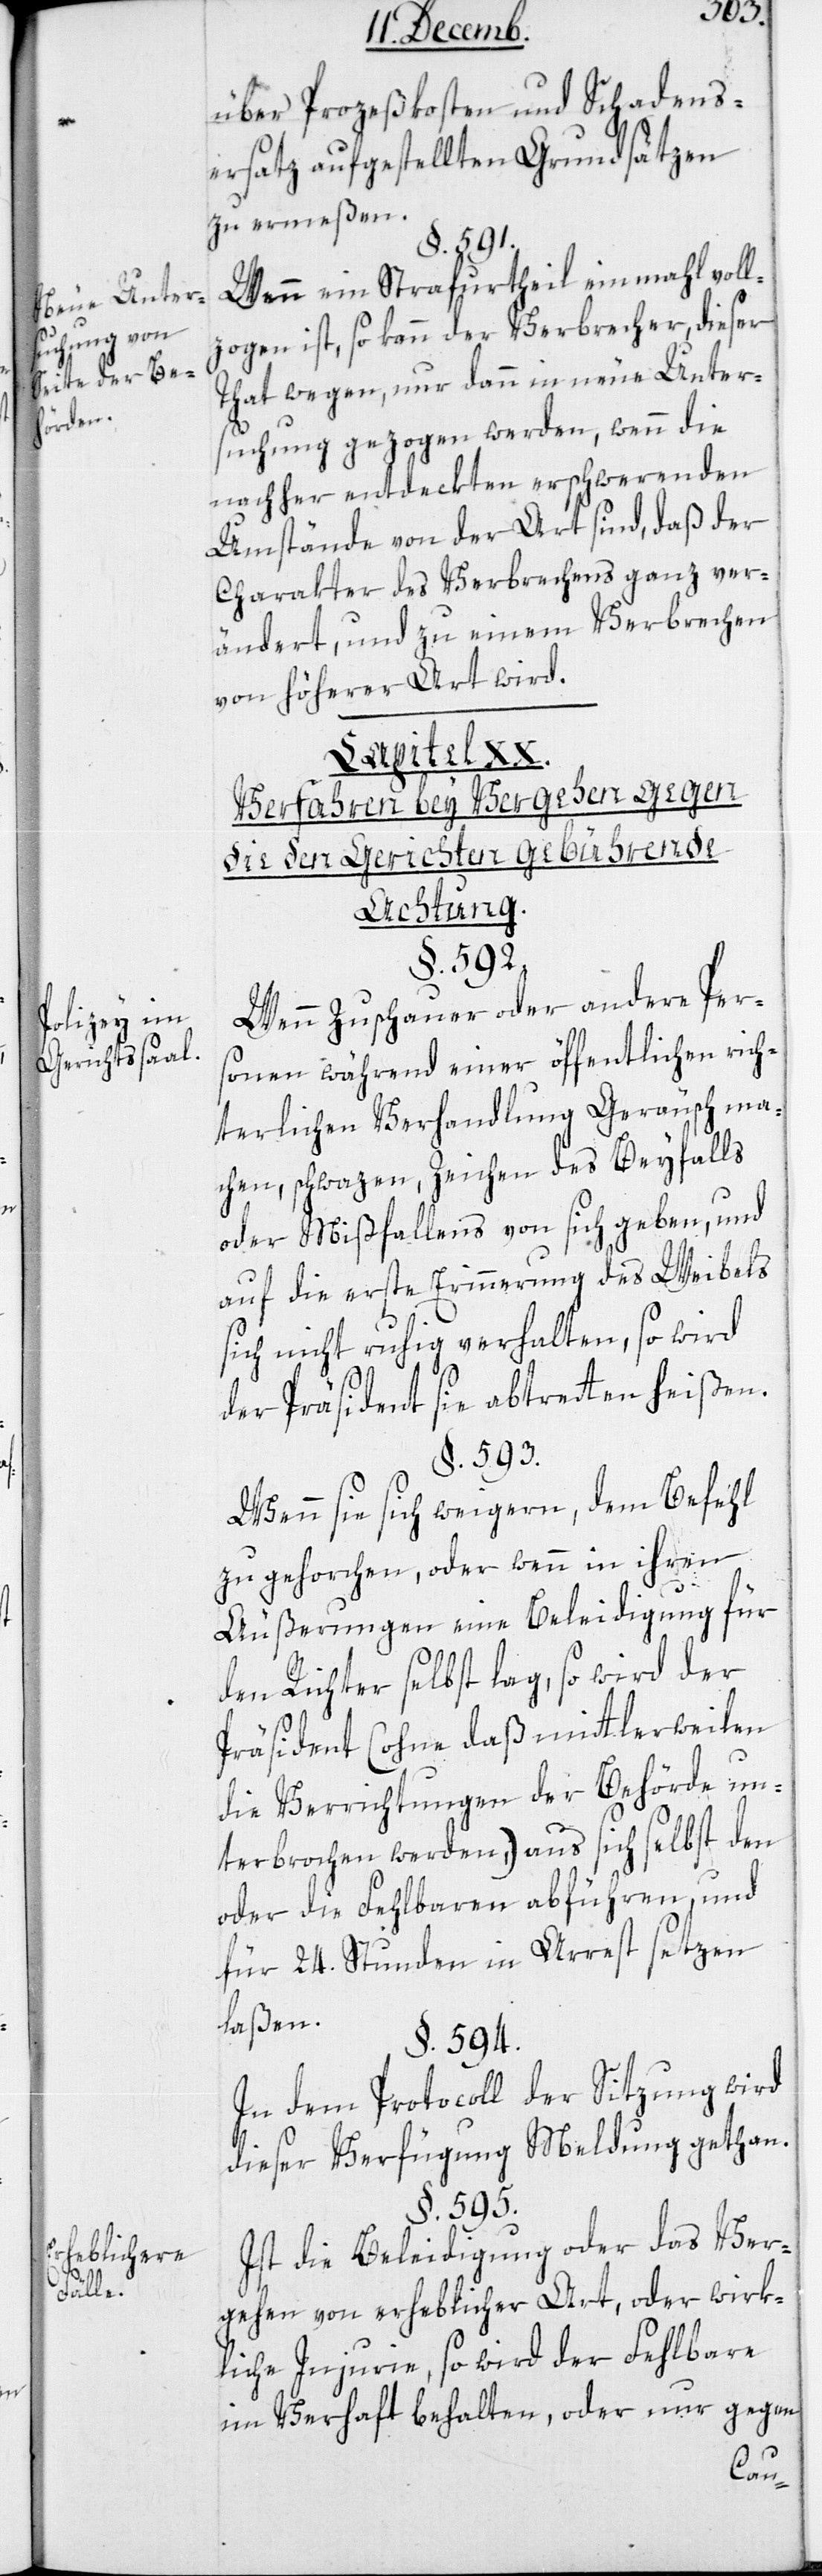
Neue Unters¬
uchung von
Seite der Be¬
hörde.
Polizey im
Gerichtssaal.
Erheblichere
Fälle.

über Prozeßkosten und Schadens¬
ersatz aufgestellten Grundsätzen
zu ermeßen.
Wenn ein Strafurtheil einmahl voll¬
zogen ist, so kann der Verbrecher dieser
Tat wegen nur dann in neue Unter¬
suchung gezogen werden, wenn die
nachher entdeckten erschwerenden
Umstände von der Art sind, daß der
Charakter des Verbrechens ganz ver¬
ändert, und zu einem Verbrecher
von höherer Art wird.
Capitel XX.
Verfahren bey Vergehen gegen
die den Gerichten gebührdende
Achtung.
§. 592.
Wenn Zuschauer oder andere Per¬
sonen während einer öffentlichen rich¬
terlichen Verhandlung Geräusch ma¬
chen, schwazen, Zeichen des Beifalls
oder Mißfallens von sich geben, und
auf die erste Erinnerung des Weibels
sich nicht ruhig verhalten, so wird
der Präsident sie abtreten heißen.
§. 595.
Wenn sie sich weigern, dem Befehl
zu gehorchen, oder wenn in ihren
Äußerungen eine Beleidigung für
den Richter selbst lag, so wird der
Präsident (ohne daß mittlerweilen
die Verrichtungen der Behörde un¬
terbrochen werden), aus sich selbst den
oder die Fehlbaren abführen, und
für 24. Stunden in Arrest setzen
laßen.
§. 594.
In dem Protocoll der Sitzung wird
dieser Verfügung Meldung gethan.
Ist die Beleidigung oder das Ver¬
gehen von erheblicher Art, oder wirk¬
liche Injurie, so wird der Fehlbare
im Verhaft behalten, oder nur gegen